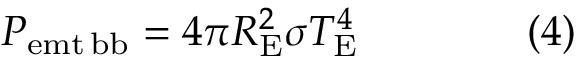
P _ { \mathrm { { e m t \, b b } } } = 4 \pi R _ { \mathrm { { E } } } ^ { 2 } \sigma T _ { \mathrm { { E } } } ^ { 4 } \qquad \qquad ( 4 )